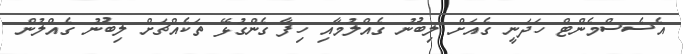
އެސެސްމެންޓް ހަދަނީ ގެއަށް ލިބުނު ގެއްލުމާއި ހިފާ ގެންގުޅޭ ތަކެއްޗަށް ލިބުނު ގެއްލުން